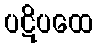
ပဋိပထေ